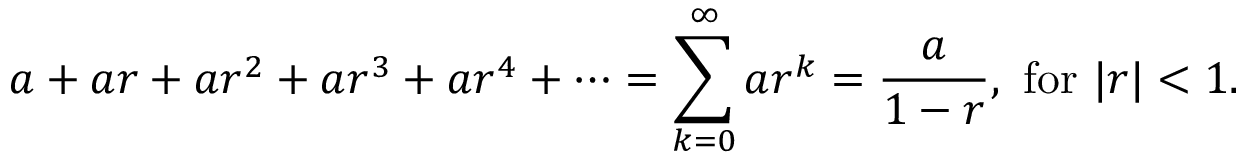
a + a r + a r ^ { 2 } + a r ^ { 3 } + a r ^ { 4 } + \cdots = \sum _ { k = 0 } ^ { \infty } a r ^ { k } = { \frac { a } { 1 - r } } , { \mathrm { ~ f o r ~ } } | r | < 1 .